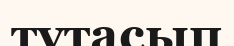
тұтасып